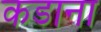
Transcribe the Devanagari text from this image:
कडाना